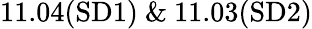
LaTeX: \mathrm{{11.04(SD1)~\& ~11.03(SD2)}}